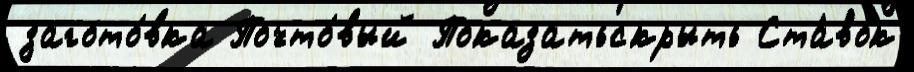
загото́вка Почто́вый Показатьскрыть Ста́вок